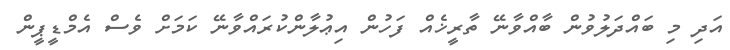
އަދި މި ބައްދަލުވުން ބާއްވާނޭ ތާރީޚެއް ފަހުން އިޢުލާންކުރައްވާނޭ ކަމަށް ވެސް އެމްޑީޕީން